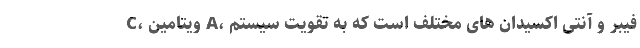
C، ویتامین A، فیبر و آنتی اکسیدان های مختلف است که به تقویت سیستم